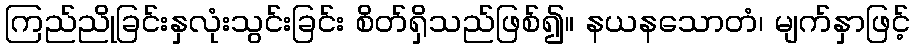
ကြည်ညိုခြင်းနှလုံးသွင်းခြင်း စိတ်ရှိသည်ဖြစ်၍။ နယနသောတံ၊ မျက်နှာဖြင့်